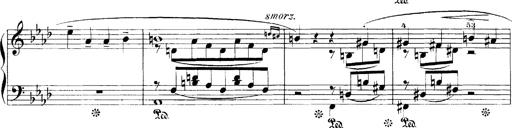
Title: LiebestrÃ¤ume
Composer: Franz Behr
Key: E-flat major